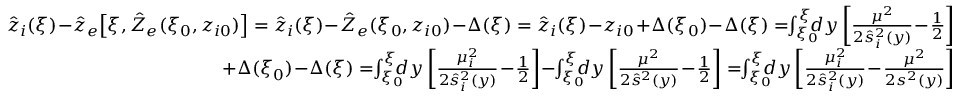
\begin{array} { r } { \hat { z } _ { i } ( \xi ) \! - \! \hat { z } _ { e } \! \left[ \xi , \hat { Z } _ { e } ( \xi _ { 0 } , z _ { i 0 } ) \right] = \hat { z } _ { i } ( \xi ) \! - \! \hat { Z } _ { e } ( \xi _ { 0 } , z _ { i 0 } ) \! - \! \Delta ( \xi ) = \hat { z } _ { i } ( \xi ) \! - \! z _ { i 0 } \! + \! \Delta ( \xi _ { 0 } ) \! - \! \Delta ( \xi ) = \! \! \int _ { \xi _ { 0 } } ^ { \xi } \! \! \! \! d y \left[ \frac { \mu ^ { 2 } } { 2 \hat { s } _ { i } ^ { 2 } ( y ) } \! - \! \frac 1 2 \right] } \\ { + \Delta ( \xi _ { 0 } ) \! - \! \Delta ( \xi ) = \! \! \int _ { \xi _ { 0 } } ^ { \xi } \! \! \! \! d y \left[ \frac { \mu _ { i } ^ { 2 } } { 2 \hat { s } _ { i } ^ { 2 } ( y ) } \! - \! \frac 1 2 \right] \! - \! \! \int _ { \xi _ { 0 } } ^ { \xi } \! \! \! \! d y \left[ \frac { \mu ^ { 2 } } { 2 \hat { s } ^ { 2 } ( y ) } \! - \! \frac 1 2 \right] = \! \! \int _ { \xi _ { 0 } } ^ { \xi } \! \! \! \! d y \left[ \frac { \mu _ { i } ^ { 2 } } { 2 \hat { s } _ { i } ^ { 2 } ( y ) } \! - \! \frac { \mu ^ { 2 } } { 2 s ^ { 2 } ( y ) } \right] } \end{array}